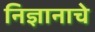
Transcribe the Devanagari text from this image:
निज्ञानाचे